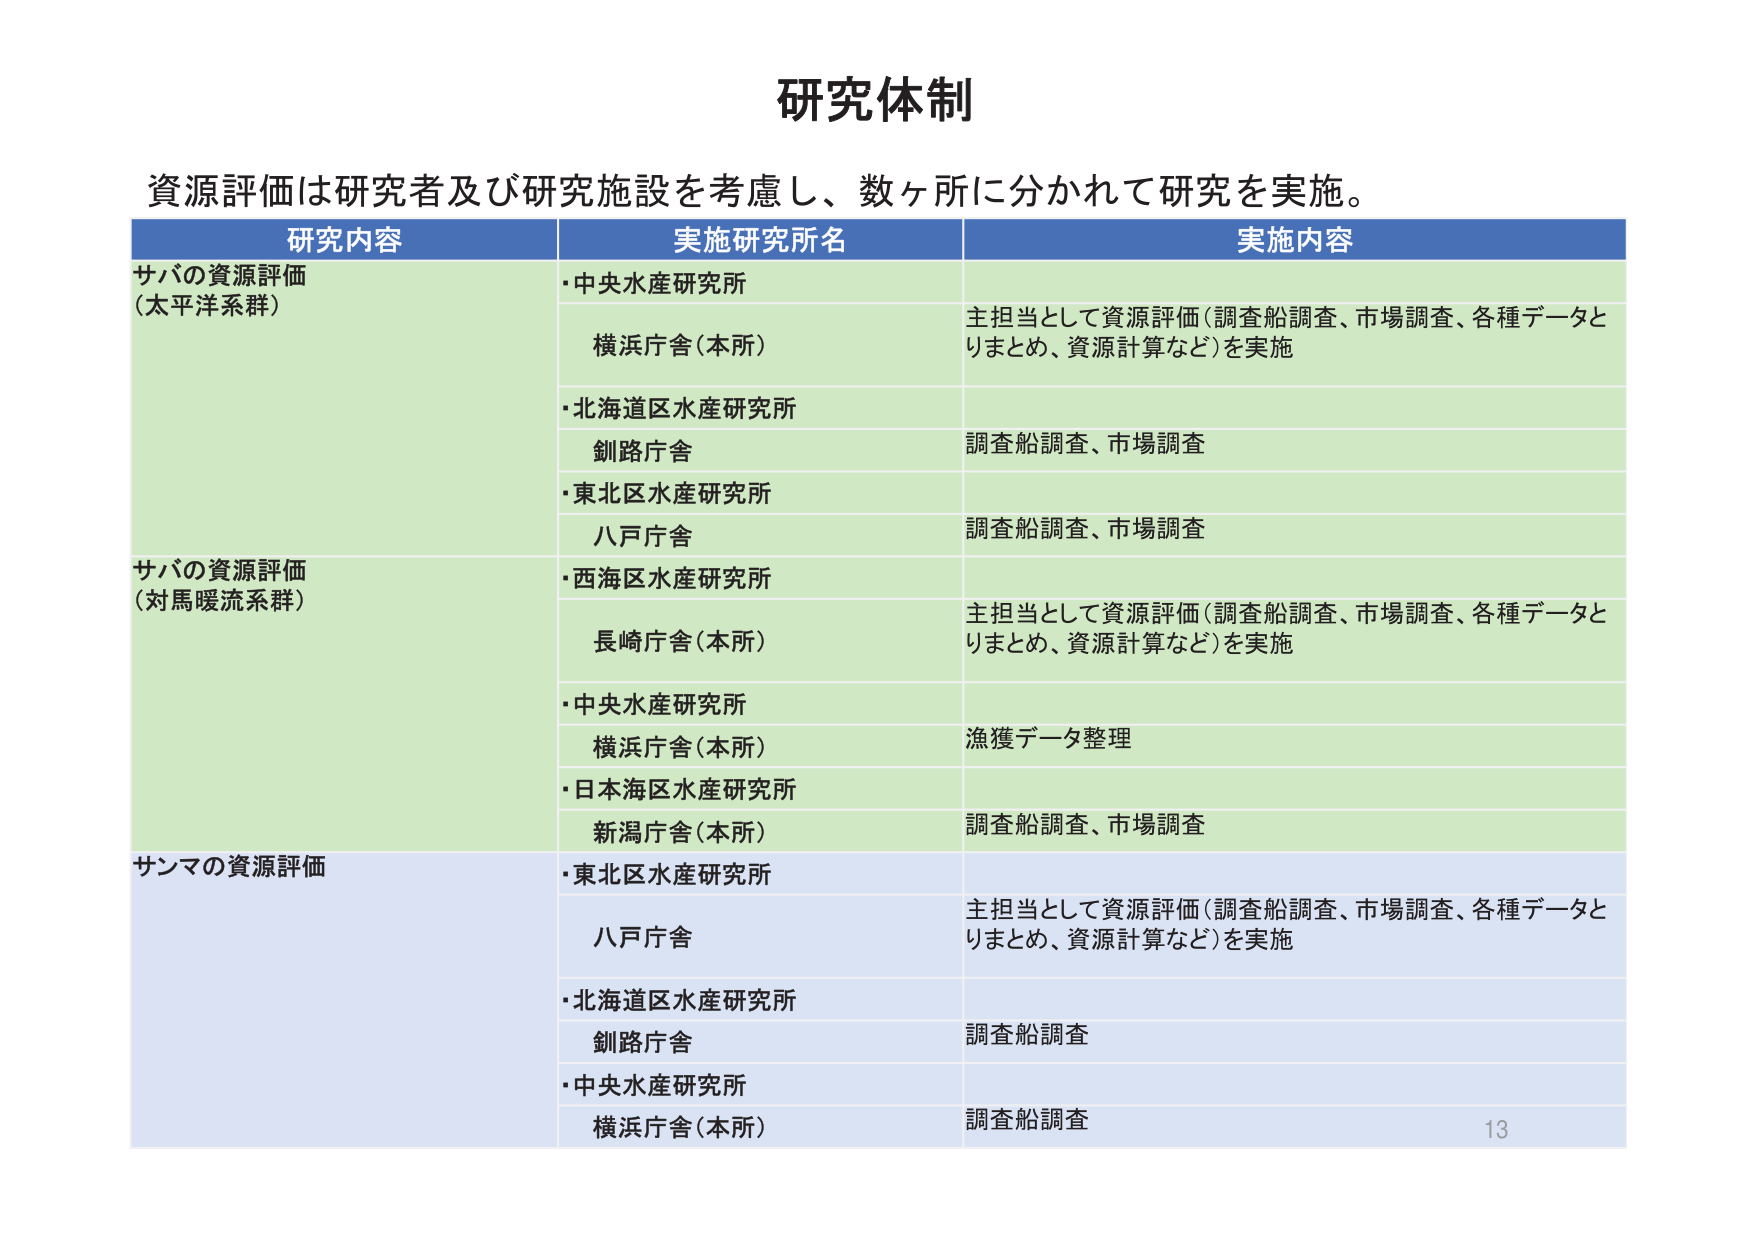
研究体制

資源評価は研究者及び研究施設を考慮し、数ヶ所に分かれて研究を実施。

研究内容 実施研究所名 実施内容

サバの資源評価
（太平洋系群）
・中央水産研究所
横浜庁舎（本所）
主担当として資源評価（調査船調査、市場調査、各種データとりまとめ、資源計算など）を実施
・北海道区水産研究所
釧路庁舎
調査船調査、市場調査
・東北区水産研究所
八戸庁舎
調査船調査、市場調査

サバの資源評価
（対馬暖流系群）
・西海区水産研究所
長崎庁舎（本所）
主担当として資源評価（調査船調査、市場調査、各種データとりまとめ、資源計算など）を実施
・中央水産研究所
横浜庁舎（本所）
漁獲データ整理
・日本海区水産研究所
新潟庁舎（本所）
調査船調査、市場調査

サンマの資源評価
・東北区水産研究所
八戸庁舎
主担当として資源評価（調査船調査、市場調査、各種データとりまとめ、資源計算など）を実施
・北海道区水産研究所
釧路庁舎
調査船調査
・中央水産研究所
横浜庁舎（本所）
調査船調査

13